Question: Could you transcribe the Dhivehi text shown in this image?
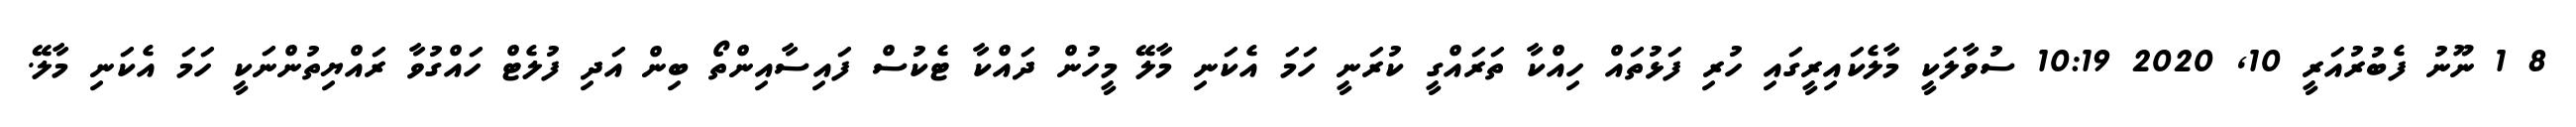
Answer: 8 1 ނޫނު ފެބުރުއަރީ 10, 2020 10:19 ސުވާލަކީ މާލެކައިރީގައި ހުރި ފަޅުތައް ހިއްކާ ތަރައްގީ ކުރަނީ ހަމަ އެކަނި މާލޭ މީހުން ދައްކާ ޓެކުސް ފައިސާއިންތޯ ބިން އަދި ފުލެޓް ހައްގުވާ ރައްޔިތުންނަކީ ހަމަ އެކަނި މާލޭ.